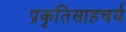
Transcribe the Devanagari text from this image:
प्रकृतिसाहचर्य